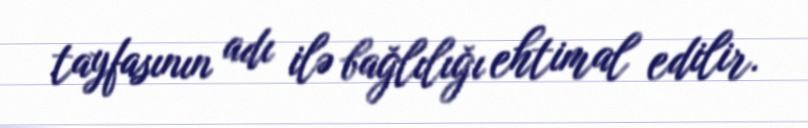
tayfasının adı ilə bağlılığı ehtimal edilir.